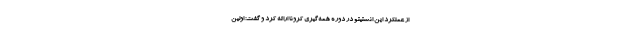
از عملکرد این انستیتو در دوره همه‌گیری کرونا ارائه کرد و گفت: اولین